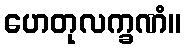
ဟေတုလက္ခဏံ။